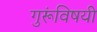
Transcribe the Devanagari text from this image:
गुरूंविषयी